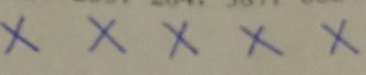
x x x x x